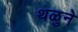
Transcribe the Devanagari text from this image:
थळुने